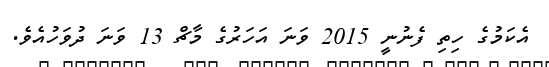
އެކަމުގެ ހިތި ފެނުނީ 2015 ވަނަ އަހަރުގެ މާޗް 13 ވަނަ ދުވަހުއެވެ.